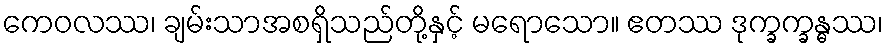
ကေဝလဿ၊ ချမ်းသာအစရှိသည်တို့နှင့် မရောသော။ ဧတဿ ဒုက္ခက္ခန္ဓဿ၊